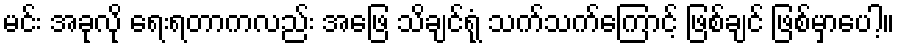
မင်း အခုလို ရေးရတာကလည်း အဖြေ သိချင်ရုံ သက်သက်ကြောင့် ဖြစ်ချင် ဖြစ်မှာပေါ့။